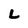
Character: L